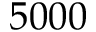
5 0 0 0